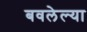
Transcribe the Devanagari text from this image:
बवलेल्या